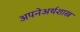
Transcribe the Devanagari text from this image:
अपनेअर्थशास्त्र